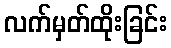
လက်မှတ်ထိုးခြင်း